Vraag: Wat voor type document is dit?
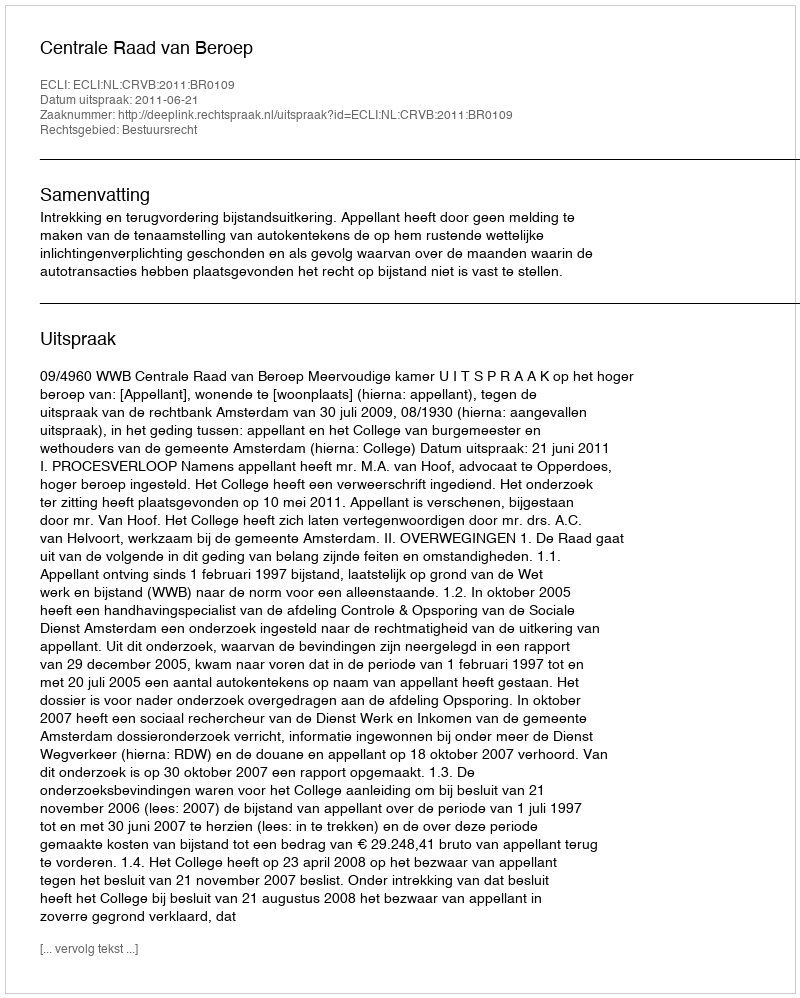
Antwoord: Uitspraak